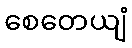
စေတေယျံ